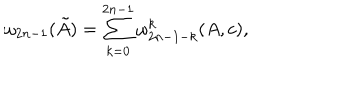
LaTeX: \omega _ { 2 n - 1 } ( \tilde { A } ) = \sum _ { k = 0 } ^ { 2 n - 1 } \omega _ { 2 n - 1 - k } ^ { k } ( A , c ) ,